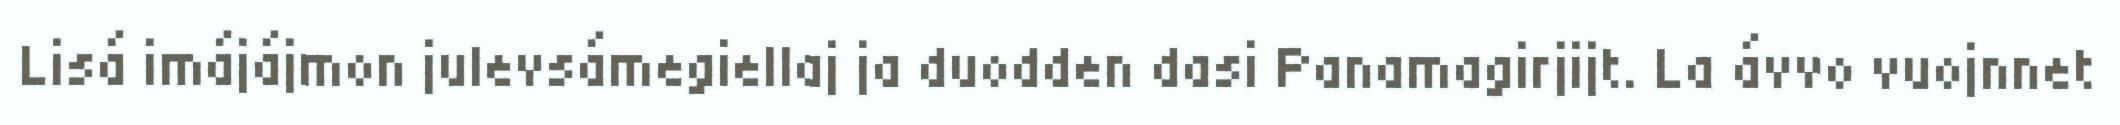
Lisá imájájmon julevsámegiellaj ja duodden dasi Panamagirjijt. La ávvo vuojnnet